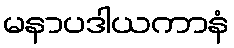
မနာပဒါယကာနံ